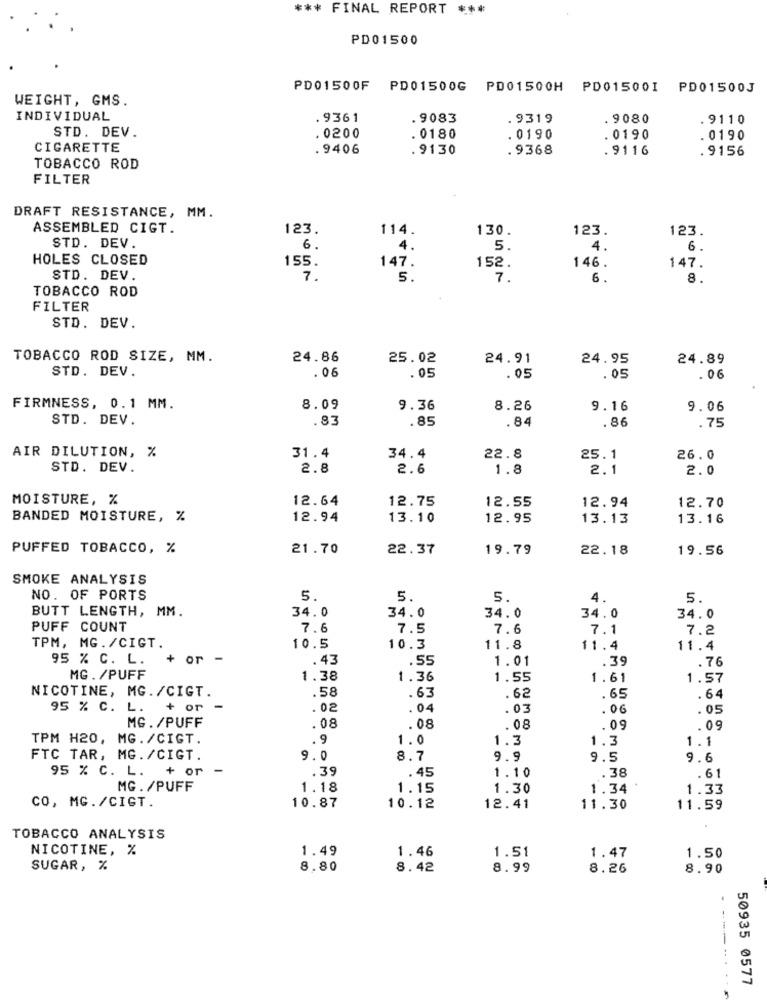
*** FINAL REPORT ***
PD01500
PD01500F PD01500G PD01500H PD01500I PD01500J
WEIGHT, GMS.
INDIVIDUAL
.9361
.9083
.9319
. 9080
. 9110
STD. DEV.
0200
. 0180
. 0190
.0190
.0190
CIGARETTE
. 9406
.9130
. 9368
. 9116
. 9156
TOBACCO ROD
FILTER
DRAFT RESISTANCE, MM.
ASSEMBLED CIGT.
123.
114.
130.
123.
123.
STD. DEV.
6.
4.
5
4.
6.
HOLES CLOSED
155.
147.
152.
146.
147.
STD. DEV.
7.
5.
7.
6
8.
TOBACCO ROD
FILTER
STD. DEV.
TOBACCO ROD SIZE, MM.
24.86
25.02
24.91
24.95
24.89
STD. DEV.
.06
.05
.05
.05
. 06
FIRMNESS, 0.1 MM.
8.09
9.36
8.26
9.16
9.06
STD. DEV.
.83
.85
.86
.84
.75
AIR DILUTION, %
31.4
34.4
22.8
25.1
26.0
STD. DEV.
2.8
2.6
1.8
2.1
2.0
MOISTURE, %
12.64
12.75
12.55
12.94
12.70
BANDED MOISTURE, %
12.94
13.10
12.95
13.13
13.16
PUFFED TOBACCO, %
21.70
22.37
19.79
22.18
19.56
SMOKE ANALYSIS
NO. OF PORTS
5.
5.
5.
4.
5.
BUTT LENGTH, MM.
34.0
34.0
34.0
34.0
34.0
PUFF COUNT
7.6
7.5
7.6
7.1
7.2
TPM, MG. /CIGT.
10.5
10.3
11.8
11.4
11.4
95 % C. L.
+ or -
.43
.55
1.01
.39
.76
MG. /PUFF
1.38
1.36
1.55
1.61
1.57
NICOTINE, MG./CIGT.
.58
.63
.62
.65
.64
95 % C. L.
+ or
.02
.04
.03
. 06
.05
MG. /PUFF
.08
.08
.08
.09
.09
TPM H20, MG./CIGT.
. 9
1.0
1.3
1.3
1.1
FTC TAR, MG. /CIGT.
9.0
8.7
9.9
9.5
9.6
95 % C. L. + or
.39
.45
1.10
.38
.61
MG. /PUFF
1.18
1.15
1.30
1.34
1.33
CO, MG./CIGT.
10.87
10.12
12.41
11.30
11.59
TOBACCO ANALYSIS
NICOTINE, %
1.49
1.46
1.51
1.47
1.50
SUGAR, %
8.80
8.42
8.99
8.26
8.90
50935 0577